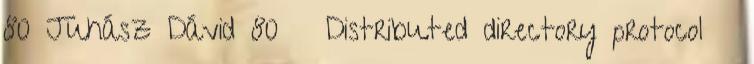
80 Juhász Dávid 80 Distributed directory protocol ●